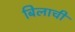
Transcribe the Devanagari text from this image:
बिलाची